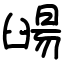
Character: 䑗